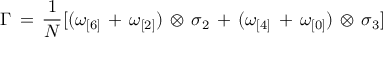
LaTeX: \Gamma \, = \, \frac { 1 } { N } [ ( \omega _ { [ 6 ] } \, + \, \omega _ { [ 2 ] } ) \, \otimes \, \sigma _ { 2 } \, + \, ( \omega _ { [ 4 ] } \, + \, \omega _ { [ 0 ] } ) \, \otimes \, \sigma _ { 3 } ]